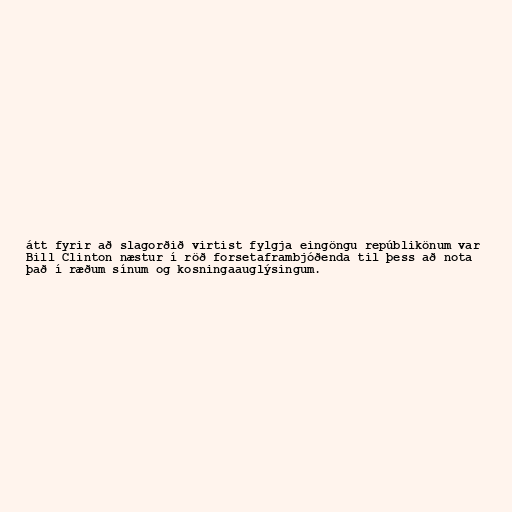
átt fyrir að slagorðið virtist fylgja eingöngu repúblikönum var
Bill Clinton næstur í röð forsetaframbjóðenda til þess að nota
það í ræðum sínum og kosningaauglýsingum.